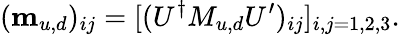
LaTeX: (\mathbf{m}_{u,d})_{ij}=[(U^{\dagger}M_{u,d}U^{\prime})_{ij}]_{i,j=1,2,3}.